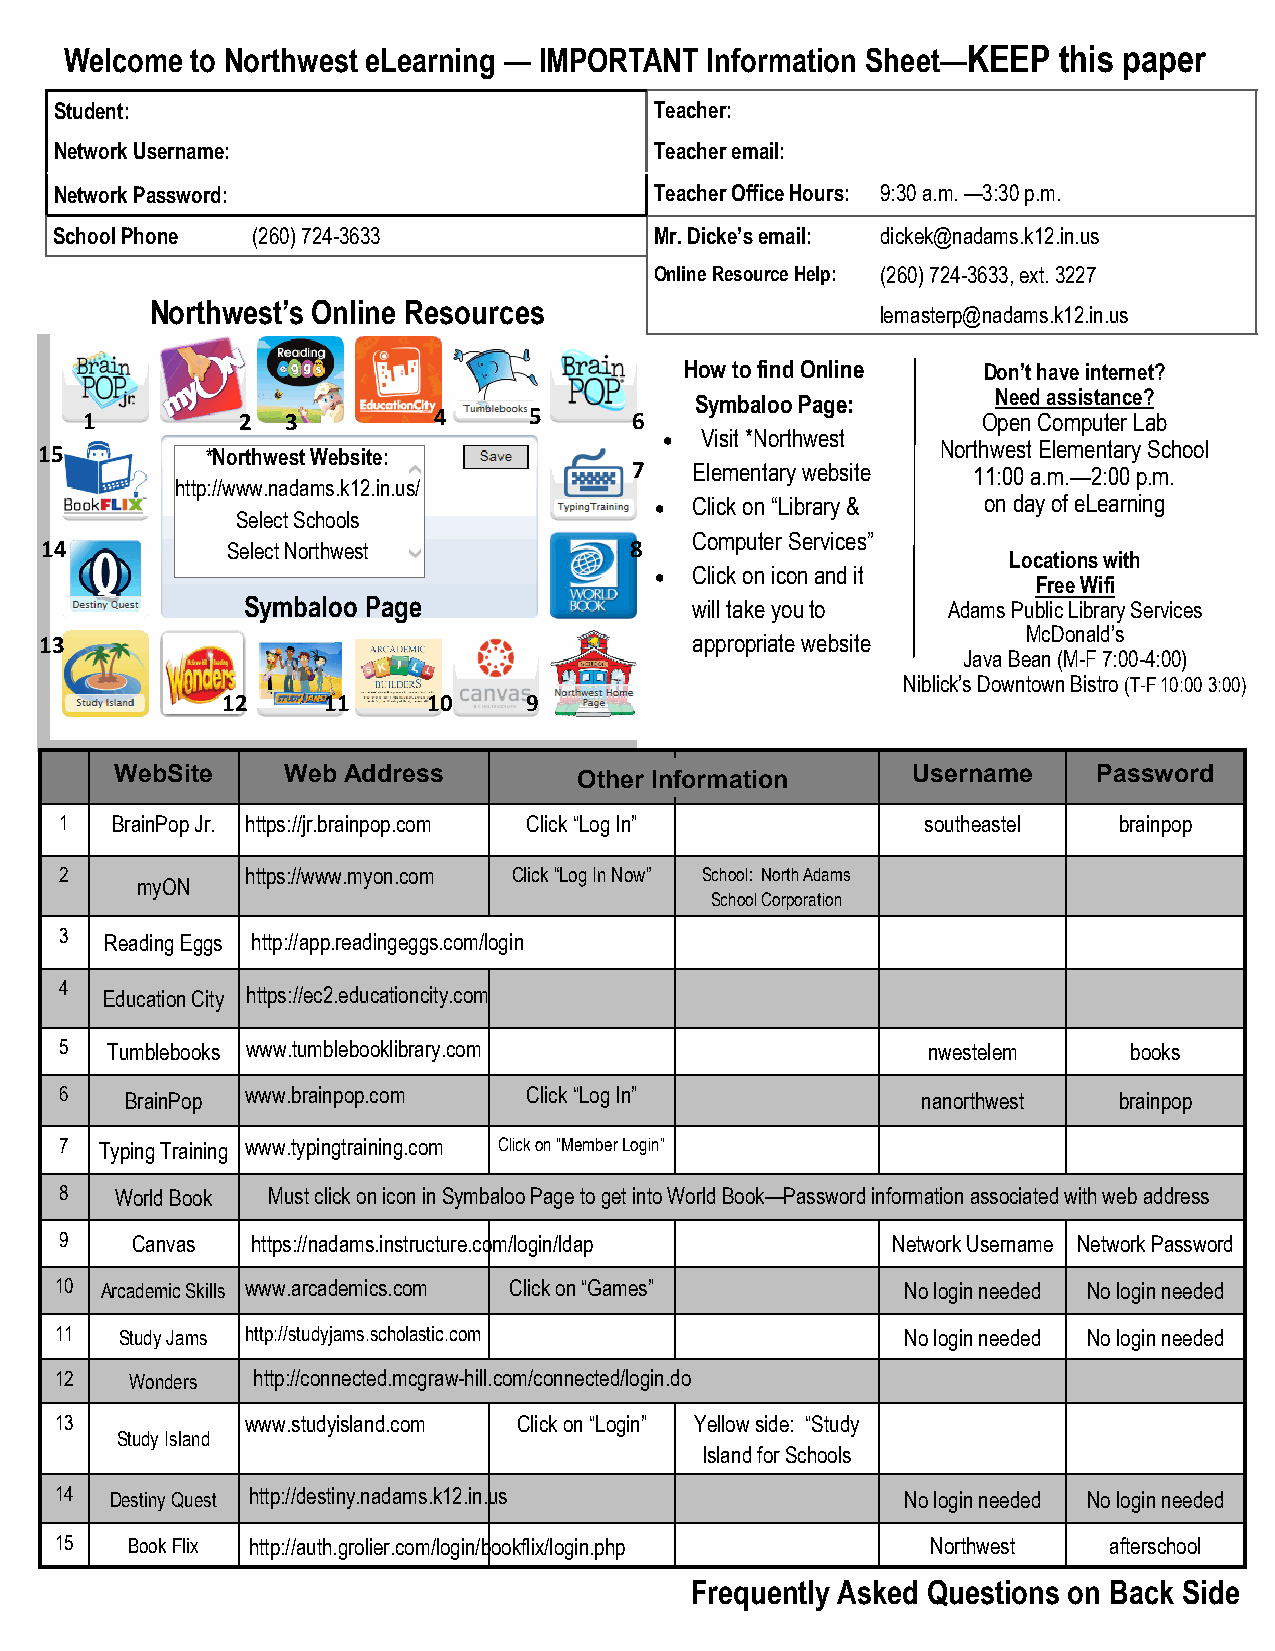
Welcome  to Northwest eLearning — IMPORTANT Information Sheet—KEEP this paper
 Student:                               Teacher:
 Network Username:                      Teacher email:
 Network Password:                      Teacher Office Hours: 9:30 a.m. —3:30 p.m.
 School Phone (260) 724-3633            Mr. Dicke’s email: dickek@nadams.k12.in.us
 Online Resource Help: (260) 724-3633, ext. 3227
 Northwe st’s Online Resources
 lemasterp@nadams.k12.in.us
 How to find Online  Don’t have internet?
 Symbaloo Page:      Need assistance?
 1         2  3         4     5      6                      Open Computer Lab
  Visit *Northwest
 15         *Northwest Website:                             Northwest Elementary School
 7   Elementary website 11:00 a.m.—2:00 p.m.
 http://www.nadams.k12.in.us/
   Click on “Library & on day of eLearning
 Select Schools
 Computer Services”
 14          Select Northwest           8
 Locations with
   Click on icon and it
 Free Wifi
 Symbaloo Page                 will take you to Adams Public Library Services
 McDonald’s
 13                                         appropriate website
 Java Bean (M-F 7:00-4:00)
 Niblick’s Downtown Bistro (T-F 10:00 3:00)
 12    11     10     9
 WebSite    Web Address        O ther Information    Username     Password
 1  BrainPop Jr. https://jr.brainpop.com Click “Log In”   southeastel  brainpop
 2           https://www.myon.com Click “Log In Now” School: North Adams
 myON
 School Corporation
 3  Reading Eggs http://app.read ingeggs.com/login
 4  Education City https://ec2.edu cationcity.com
 5  Tumblebooks www.tumblebooklibrary.com                 nwestelem     books
 6   BrainPop www.brainpop.com  Click “Log In”            nanorthwest  brainpop
 7  Typing Training www.typingtraining.com Click on “Member Login”
 8   World Book Must click on icon in Symbaloo Page t o get into World Book— Password information a ssociated with web ad dress
 9    Canvas  https://nadams.instructure.com/login/lda p Network Username Network Password
 10 Arcademic Skills www.arcademics.com Click on “Games” No login needed No login needed
 11  Study Jams http://studyjams.scholastic.com          No login needed No login needed
 12   Wonders http://connected.mcgraw-hill.com/conne cted/login.do
 13          www.studyisland.com Click on “Login” Yellow side: “Study
 Study Island
 Island for Schools
 14 Destiny Quest http://destiny.nadams.k12.in.us        No login needed No login needed
 15  Book Flix http://auth.grolier.com/login/bookflix/login .php Northwest afterschool
 Frequently Asked Questions on Back Side